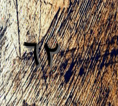
٦٢